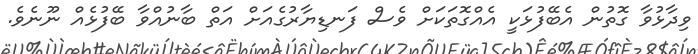
ވިދާޅުވާ ގޮތުން އެބޭފުޅަކީ އެއްގޮތަކަށް ވެސް ފަނޑިޔާރުގެއަށް އަތް ބާނުއްވާ ބޭފުޅެއް ނޫނެވެ.